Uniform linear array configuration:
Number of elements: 64
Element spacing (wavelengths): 0.75
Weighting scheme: blackman
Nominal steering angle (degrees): -60
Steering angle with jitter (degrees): -59.331
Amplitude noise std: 0.05
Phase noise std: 0.05

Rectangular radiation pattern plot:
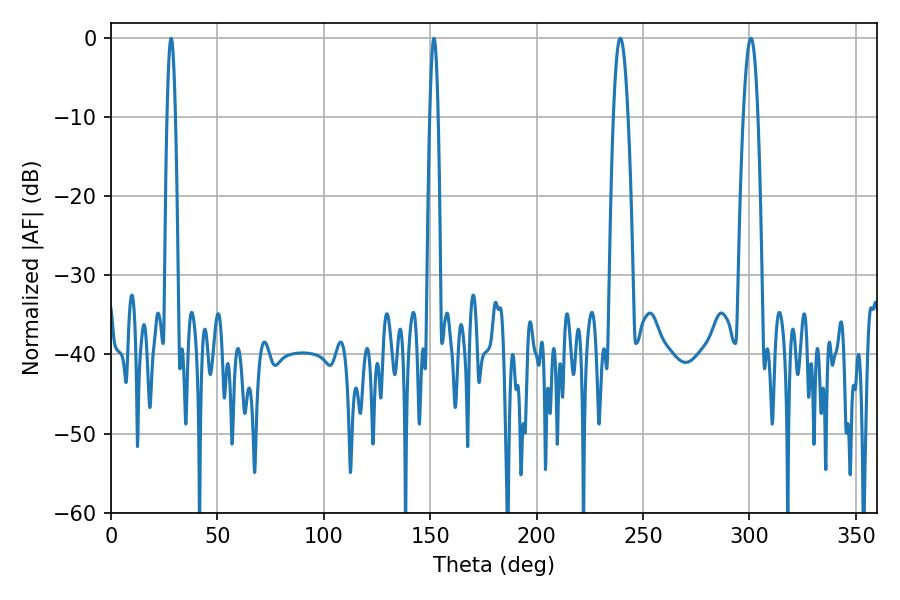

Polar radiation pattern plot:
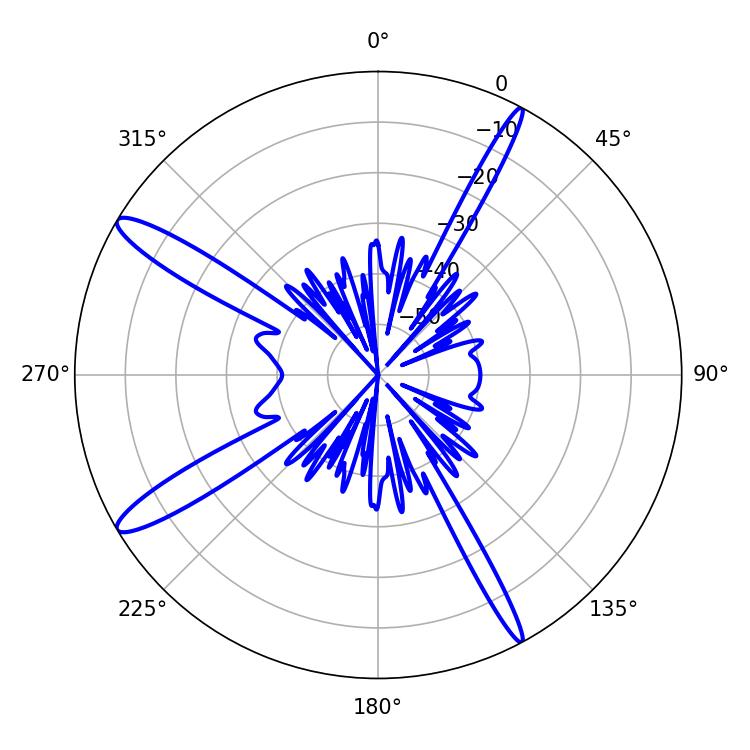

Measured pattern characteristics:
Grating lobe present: TRUE
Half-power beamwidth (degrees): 2.16
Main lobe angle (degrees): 28.26